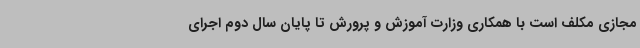
مجازی مکلف است با همکاری وزارت آموزش و پرورش تا پایان سال دوم اجرای